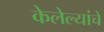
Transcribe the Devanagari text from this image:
केलेल्यांचे